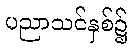
ပညာသင်နှစ်၌